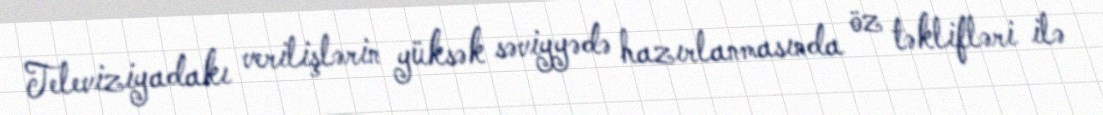
Televiziyadakı verilişlərin yüksək səviyyədə hazırlanmasında öz təklifləri ilə